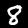
Digit: 8